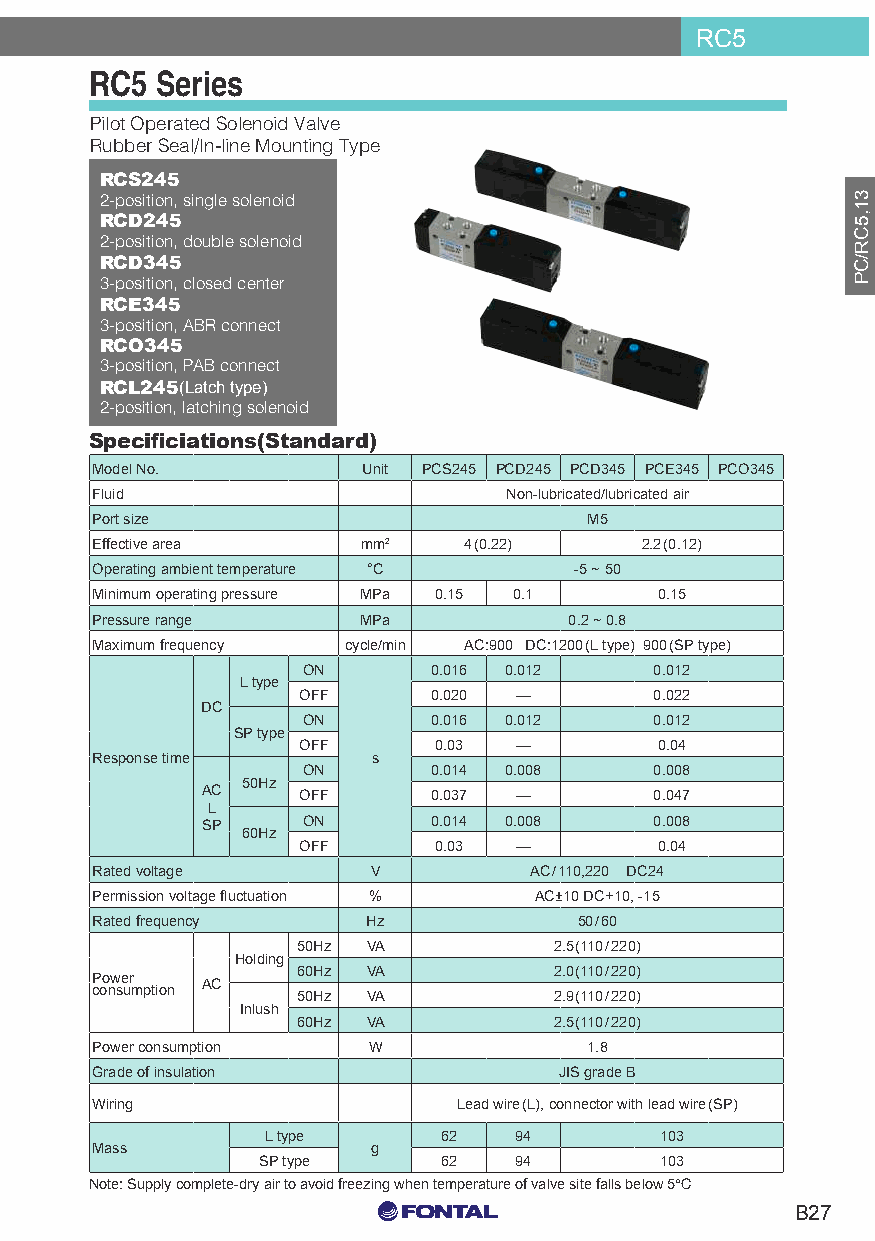
RC5
 RC5 Series
 Pilot Operated Solenoid Valve
 Rubber Seal/In-line Mounting Type
 RCS245
 2-position, single solenoid
 RCD245
 2-position, double solenoid
 RCD345
 3-position, closed center
 RCE345
 3-position, ABR connect
 RCO345
 3-position, PAB connect
 RCL245(Latch type)
 2-position, latching solenoid
 Specificiations(Standard)
 Model No.         Unit PCS245 PCD245 PCD345 PCE345 PCO345
 Fluid                      Non-lubricated/lubricated air
 Port size                        M5
 Effective area    mm2    4(0.22)    2.2(0.12)
 Operating ambient temperature °C -5 ~ 50
 Minimum operating pressure MPa 0.15 0.1 0.15
 Pressure range    MPa           0.2 ~ 0.8
 Maximum frequency cycle/min AC:900 DC:1200(L type) 900(SP type)
 ON      0.016 0.012    0.012
 L type
 OFF     0.020 —        0.022
 DC
 ON      0.016 0.012    0.012
 SP type
 OFF      0.03 —        0.04
 Response time      s
 ON      0.014 0.008    0.008
 50Hz
 AC     OFF     0.037 —        0.047
 L
 SP     ON      0.014 0.008    0.008
 60Hz
 OFF      0.03 —        0.04
 Rated voltage      V         AC/110,220 DC24
 Permission voltage fluctuation % AC±10 DC+10, -15
 Rated frequency   Hz            50/60
 50Hz VA          2.5(110/220)
 Holding
 60Hz VA          2.0(110/220)
 P coo nw se ur m ption AC
 50Hz VA          2.9(110/220)
 Inlush
 60Hz VA          2.5(110/220)
 Power consumption W              1.8
 Grade of insulation            JIS grade B
 Wiring                  Lead wire(L), connector with lead wire(SP)
 L type      62   94        103
 Mass               g
 SP type     62   94        103
 Note: Supply complete-dry air to avoid freezing when temperature of valve site falls below 5℃
 C0 M0 Y15 K15
 B27
 C0 M0 Y0 K100
 C0 M0 Y0 K0
 31,5CR/CP